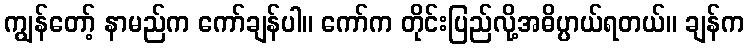
ကျွန်တော့် နာမည်က ကော်ချန်ပါ။ ကော်က တိုင်းပြည်လို့အဓိပ္ပာယ်ရတယ်။ ချန်က